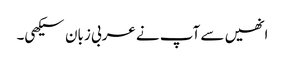
انھیں سے آپ نے عربی زبان سیکھی۔